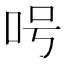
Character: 呺